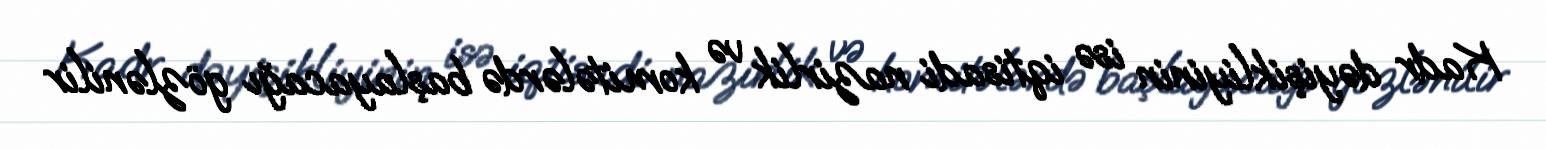
Kadr dəyişikliyinin isə iqtisadi nazirlik və komitələrdə başlayacağı gözlənilir